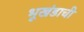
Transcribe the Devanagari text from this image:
भूखंडाची